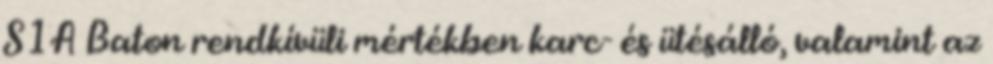
S1A Baton rendkívüli mértékben karc- és ütésálló, valamint az